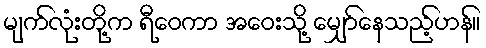
မျက်လုံးတို့က ရီဝေကာ အဝေးသို့ မျှော်နေသည့်ဟန်။